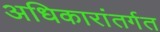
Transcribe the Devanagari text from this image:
अधिकारांतर्गत